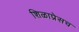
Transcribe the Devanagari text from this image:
शिळाप्रेसच